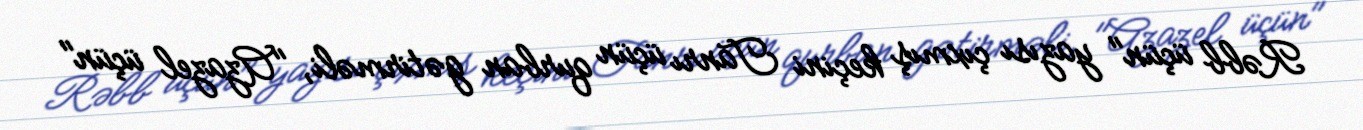
Rəbb üçün" yazısı çıxmış keçini Tanrı üçün qurban gətirməli, "Azazel üçün"